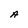
Character: A